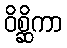
ဝိစ္ဆိကာ